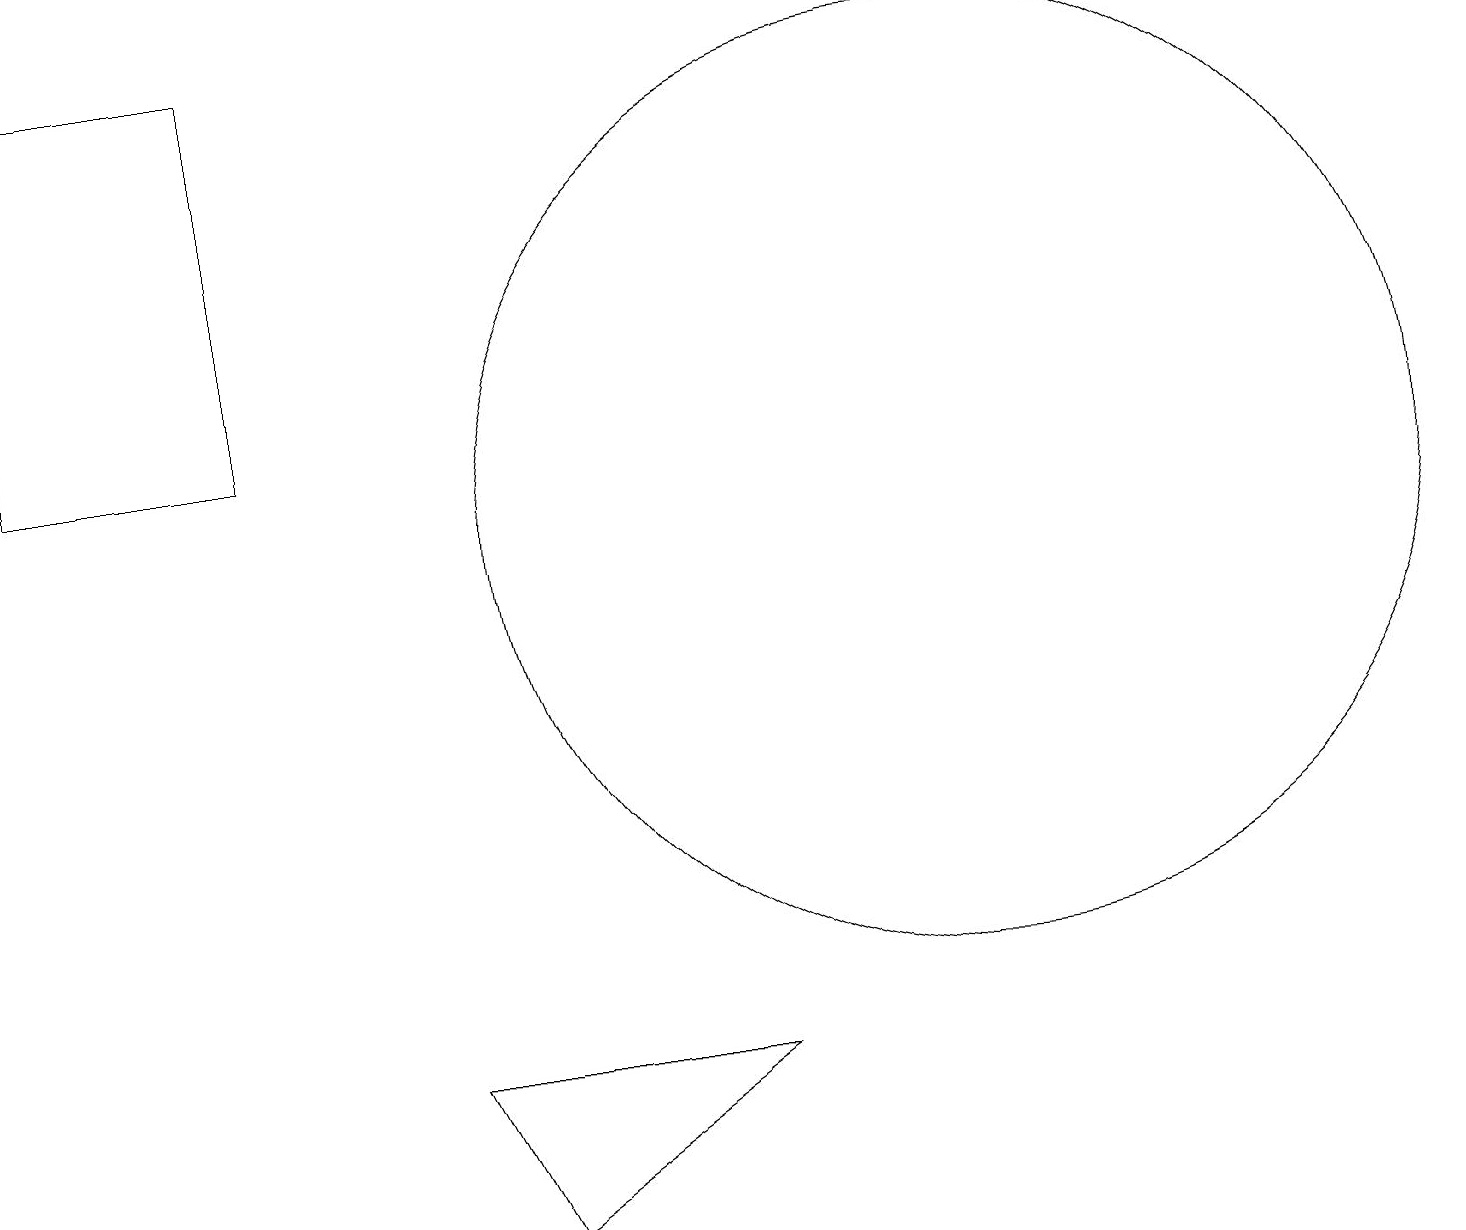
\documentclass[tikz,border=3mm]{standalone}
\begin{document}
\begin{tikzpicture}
\draw (0,17) rectangle (3,12);
\draw (6,2) -- (5,4) -- (9,4) -- cycle;
\draw (12,11) circle (6);
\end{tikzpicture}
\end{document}